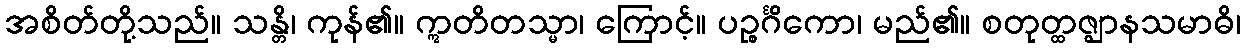
အစိတ်တို့သည်။ သန္တိ၊ ကုန်၏။ ဣတိတသ္မာ၊ ကြောင့်။ ပဉ္စင်္ဂိကော၊ မည်၏။ စတုတ္ထဇ္ဈာနသမာဓိ၊